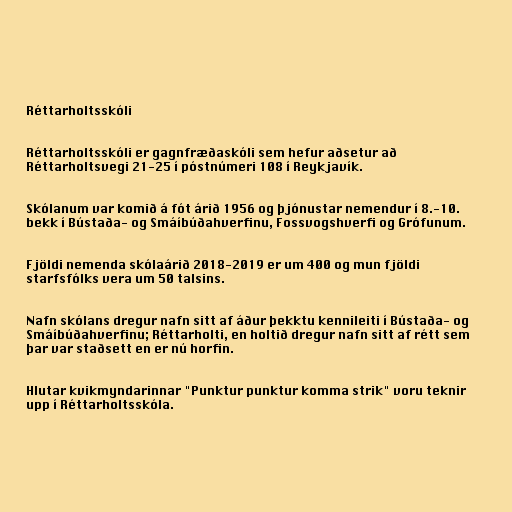
Réttarholtsskóli

Réttarholtsskóli er gagnfræðaskóli sem hefur aðsetur að
Réttarholtsvegi 21-25 í póstnúmeri 108 í Reykjavík.

Skólanum var komið á fót árið 1956 og þjónustar nemendur í 8.-10.
bekk í Bústaða- og Smáíbúðahverfinu, Fossvogshverfi og Grófunum.

Fjöldi nemenda skólaárið 2018-2019 er um 400 og mun fjöldi
starfsfólks vera um 50 talsins.

Nafn skólans dregur nafn sitt af áður þekktu kennileiti í Bústaða- og
Smáíbúðahverfinu; Réttarholti, en holtið dregur nafn sitt af rétt sem
þar var staðsett en er nú horfin.

Hlutar kvikmyndarinnar "Punktur punktur komma strik" voru teknir
upp í Réttarholtsskóla.